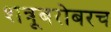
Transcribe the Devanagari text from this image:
शत्रूबरोबरच